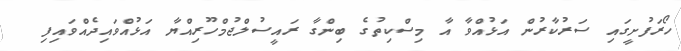
ހޯރަފުށީގައި ސަރުކާރުން އަޅުއްވާ އާ މިސްކިތުގެ ބިންގާ ރައީސުލްޖުމްހޫރިއްޔާ އަޅުއްވައިދެއްވައިފި